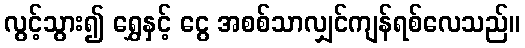
လွင့်သွား၍ ရွှေနှင့် ငွေ အစစ်သာလျှင်ကျန်ရစ်လေသည်။